Report of the Municipal Commissioner on the plague in Bombay for the year ending 31st May... - Volume 1
Disease focus: Plague
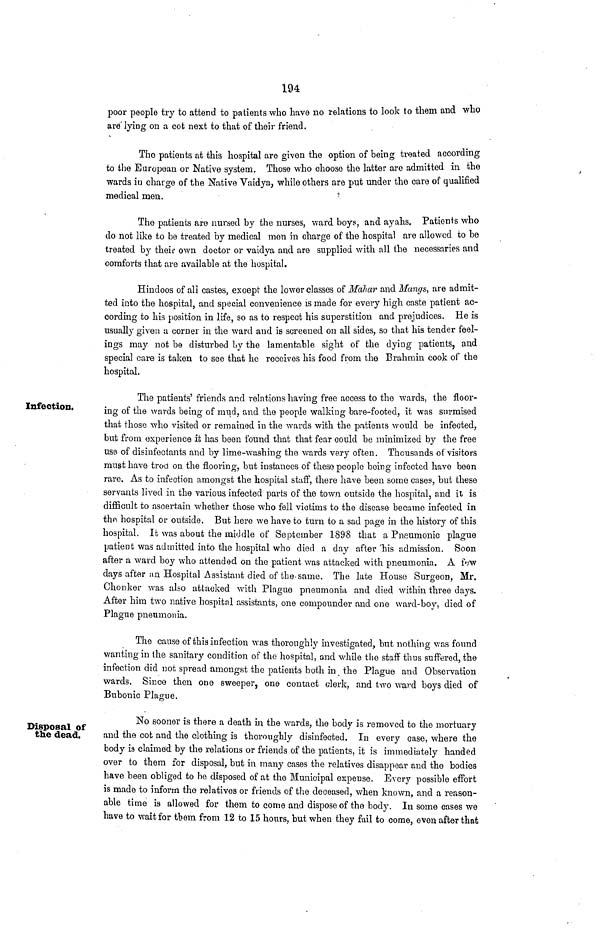
194
poor people try to attend to patients who have no relations to look to them and who
are lying on a cot next to that of their friend.
Tho patients at this hospital are given the option of being treated according
to the European or Native system. Those who choose the latter are admitted in the
wards in charge of the Native Yaidya, while others are put under the care of qualified
medical men.
The patients are nursed by the nurses, ward boys, and ayahs. Patients who
do not like to be treated by medical men in charge of the hospital are allowed to be
treated by their own doctor or vaidya and are supplied with all the necessaries and
comforts that are available at the hospital.
Hindoos of all castes, except the lower classes of Maliar and Mangs, are admit-
ted into the hospital, and special convenience is made for every high caste patient ac-
cording to his position in life, so as to respect his superstition and prejudices. He is
usually given a corner in the ward and is screened on all sides, so that his tender feel-
ings may not be disturbed by the lamentable sight of the dying patients, and
special care is taken to see that he receives his food from the Brahmin cook of the
hospital.
Infection.
The patients' friends and relations having free access to the wards, the floor-
ing of the wards being of mild, and the people walking bare-footed, it was surmised
that those who visited or remained in the wards with the patients would be infected,
but from experience it has been found that that fear could be minimized by the free
use of disinfectants and by lime-washing the wards very often. Thousands of visitors
must have trod on the flooring, but instances of theso people being infected have been
rare. As to infection amongst the hospital staff, there have been some cases, but these
servants lived in the various infected parts of the town outside the hospital, and it is
difficult to ascertain whether those who fell victims to the disease became infected in
the hospital or outside. But here we have to turn to a sad page in the history of this
hospital. It was about the middle of September 1898 that a Pneumonic plague
patient was admitted into the hospital who died a day after 'his admission. Soon
after a ward boy who attended on the patient was attacked with pneumonia. A few
days after an Hospital Assistant died of the-same. The late House Surgeon, Mr.
Chonker was also attacked with Plague pneumonia and died within three days.
After him two native hospital assistants, one compounder and one ward-boy, died of
Plague pneumonia.
The cause of this infection was thoroughly investigated, but nothing was found
wanting in the sanitary condition of the hospital, and while the staff thus suffered, the
infection did not spread amongst the patients both in the Plague and Observation
wards. Since then one sweeper, one contact clerk, and two ward boys died of
Bubonic Plague.
Disposal of
the dead.
No sooner is there a death in the wards, the body is removed to the mortuary
and the cot and the clothing is thoroughly disinfected. In every case, where the
body is claimed by the relations or friends of the patients, it is immediately handed
over to them for disposal, but in many cases the relatives disappear and the bodies
have been obliged to be disposed of at the Municipal expense. Every possible effort
is made to inform the relatives or friends of the deceased, when known, and a reason-
able time is allowed for them to come and dispose of the body. In some cases we
have to wait for them from 12 to 15 hours, but when they fail to come, even after that